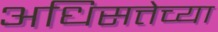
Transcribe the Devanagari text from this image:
अधिसत्तेच्या